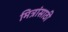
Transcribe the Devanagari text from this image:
मित्रांसाठी